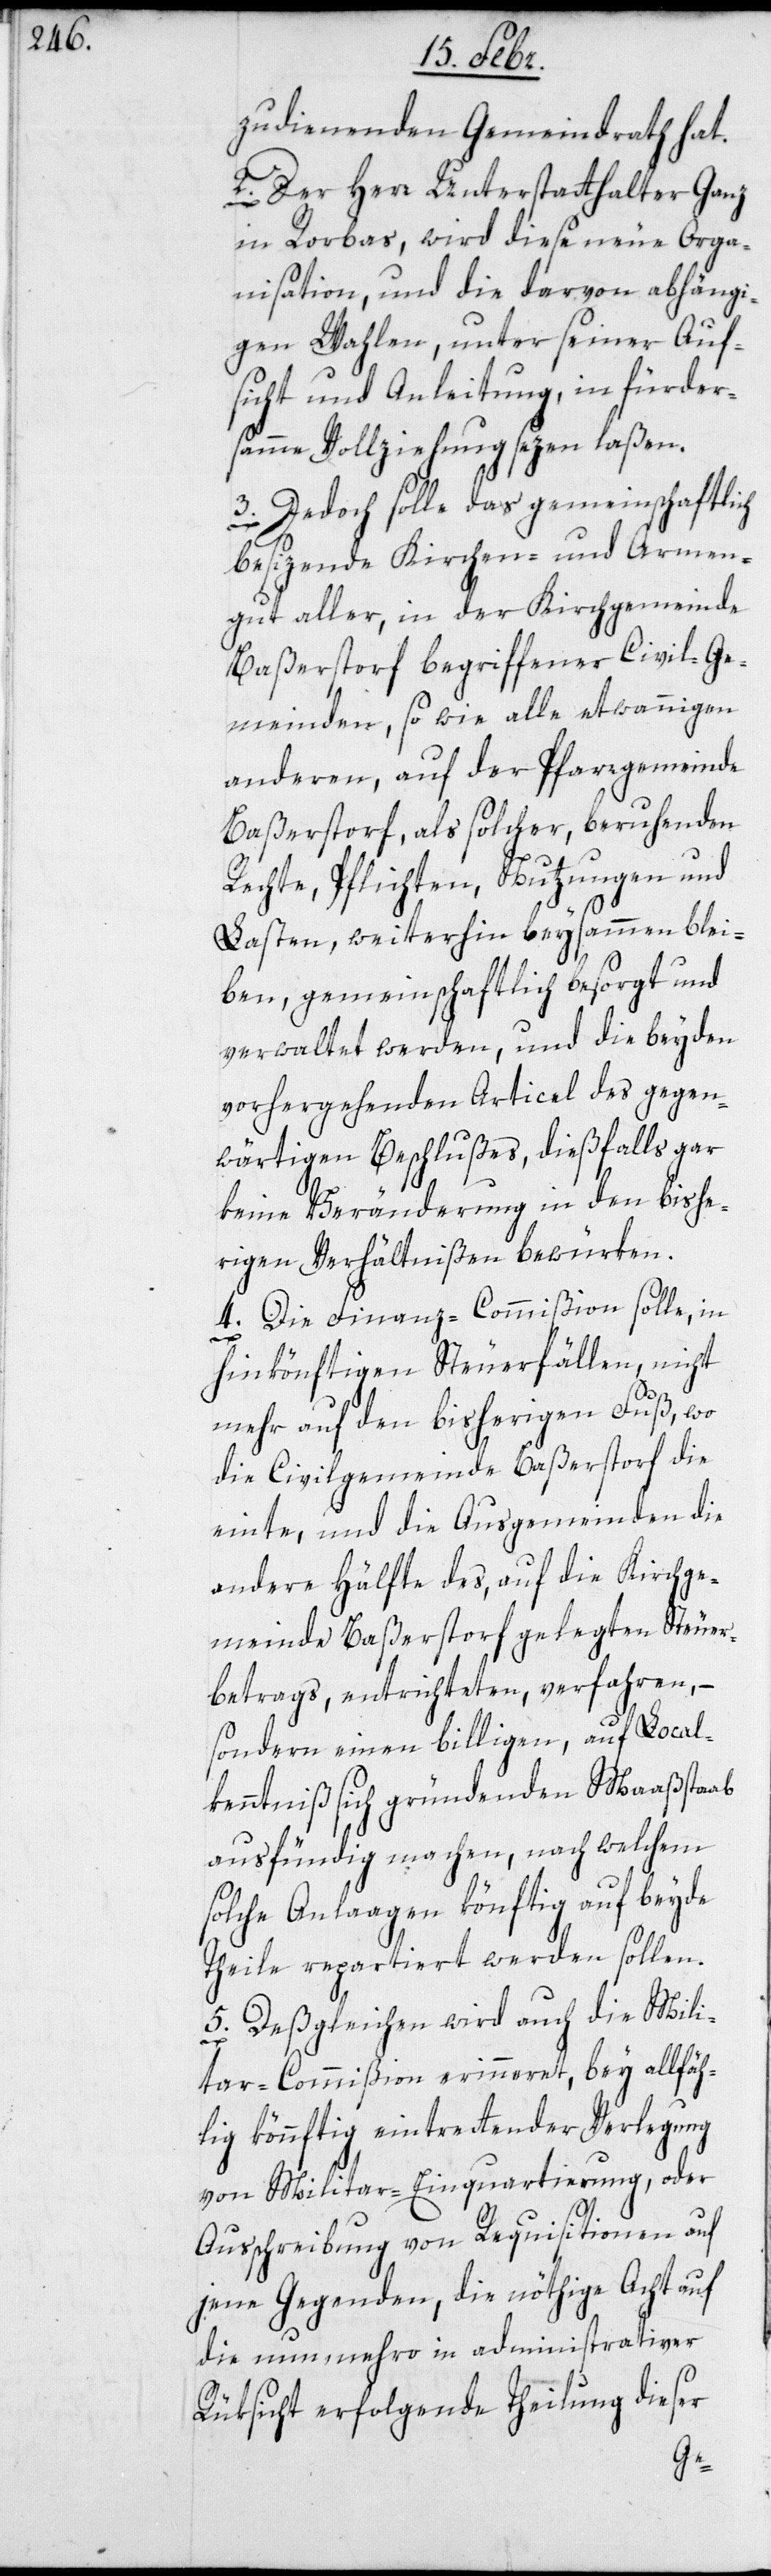
zudienenden Gemeindrath hat.
2. Der Herr Unterstatthalter Ganz
in Rorbas, wird diese neue Orga¬
nisation, und die darvon abhängi¬
gen Wahlen, unter seiner Auf¬
sicht und Anleitung, in fürder¬
samme Vollziehung sezen laßen.
3. Jedoch solle das gemeinschaftlich
besizende Kirchen- und Armen¬
gut aller, in der Kirchgemeinde
Baßerstorf begriffener Civil-Ge¬
meinden, so wie alle etwannigen
anderen, auf der Pfarrgemeinde
Baßerstorf, als solcher, beruhenden
Rechte, Pflichten, Nutzungen und
Lasten, weiterhin beysammen blei¬
ben, gemeinschaftlich besorgt und
verwaltet werden, und die beyden
vorhergehenden Articel des gegen¬
wärtigen Beschlußes, dießfalls gar
keine Veränderung in den bishe¬
rigen Verhältnißen bewürken.
4. Die Finanz-Commißion solle, in
hinkönftigen Steuerfällen, nicht
mehr auf den bisherigen Fuß, wo
die Civilgemeinde Baßerstorf die
einte, und die Ausgemeinden die
andere Hälfte des, auf die Kirchge¬
meinde Baßerstorf gelegten Steuer¬
betrags, entrichteten, verfahren, –
sondern einen billigen, auf Local¬
kenntniß sich gründenden Maaßstaab
ausfündig machen, nach welchem
solche Anlaagen könftig auf beyde
Theile repartiert werden sollen.
5. Deßgleichen wird auch die Mili¬
tar-Commißion erinneret, bey allfäh¬
lig könnftig eintrettender Verlegung
von Militar-Einquartierung, oder
Ausschreibung von Requisitionen auf
jene Gegenden, die nöthige Acht auf
die nunmehro in administrativer
Rüksicht erfolgende Theilung dieser